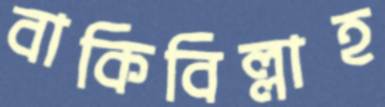
বাকিবিল্লাহ